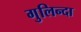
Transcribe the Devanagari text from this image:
गुलिन्दा